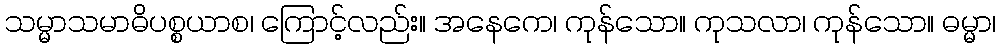
သမ္မာသမာဓိပစ္စယာစ၊ ကြောင့်လည်း။ အနေကေ၊ ကုန်သော။ ကုသလာ၊ ကုန်သော။ ဓမ္မာ၊